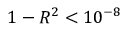
1 - R ^ { 2 } < 1 0 ^ { - 8 }